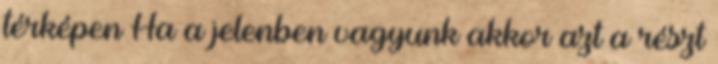
térképen Ha a jelenben vagyunk akkor azt a részt